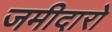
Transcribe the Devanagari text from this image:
जमीदारो